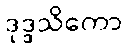
ဒုဒ္ဒသိကော